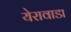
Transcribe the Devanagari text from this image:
येरावाडा